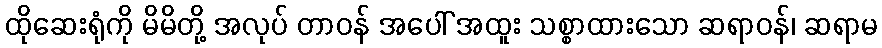
ထိုဆေးရုံကို မိမိတို့ အလုပ် တာဝန် အပေါ် အထူး သစ္စာထားသော ဆရာဝန်၊ ဆရာမ